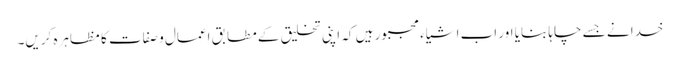
خدا نے جسے چاہا بنایا اور اب اشیاء مجبور ہیں کہ اپنی تخلیق کے مطابق اعمال و صفات کا مظاہرہ کریں۔